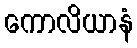
ကောလိယာနံ